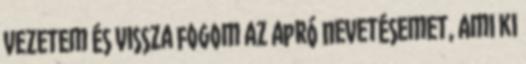
vezetem és vissza fogom az apró nevetésemet, ami ki